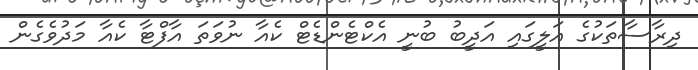
ދިރާސާތަކުގެ އަލީގައި އަދީބު ބުނީ އެކްޓެންޑެޓް ކެއާ ނުވަތަ އާފްޓާ ކެއާ މަދުވެގެން